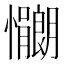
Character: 𫻠